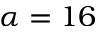
\alpha = 1 6